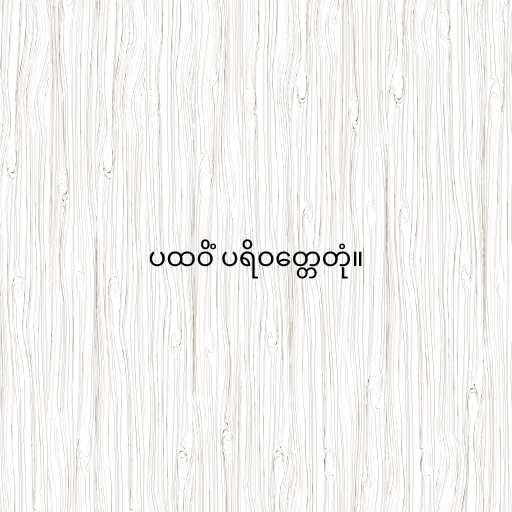
ပထဝိံ ပရိဝတ္တေတုံ။